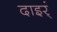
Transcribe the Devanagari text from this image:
दाइर्ं